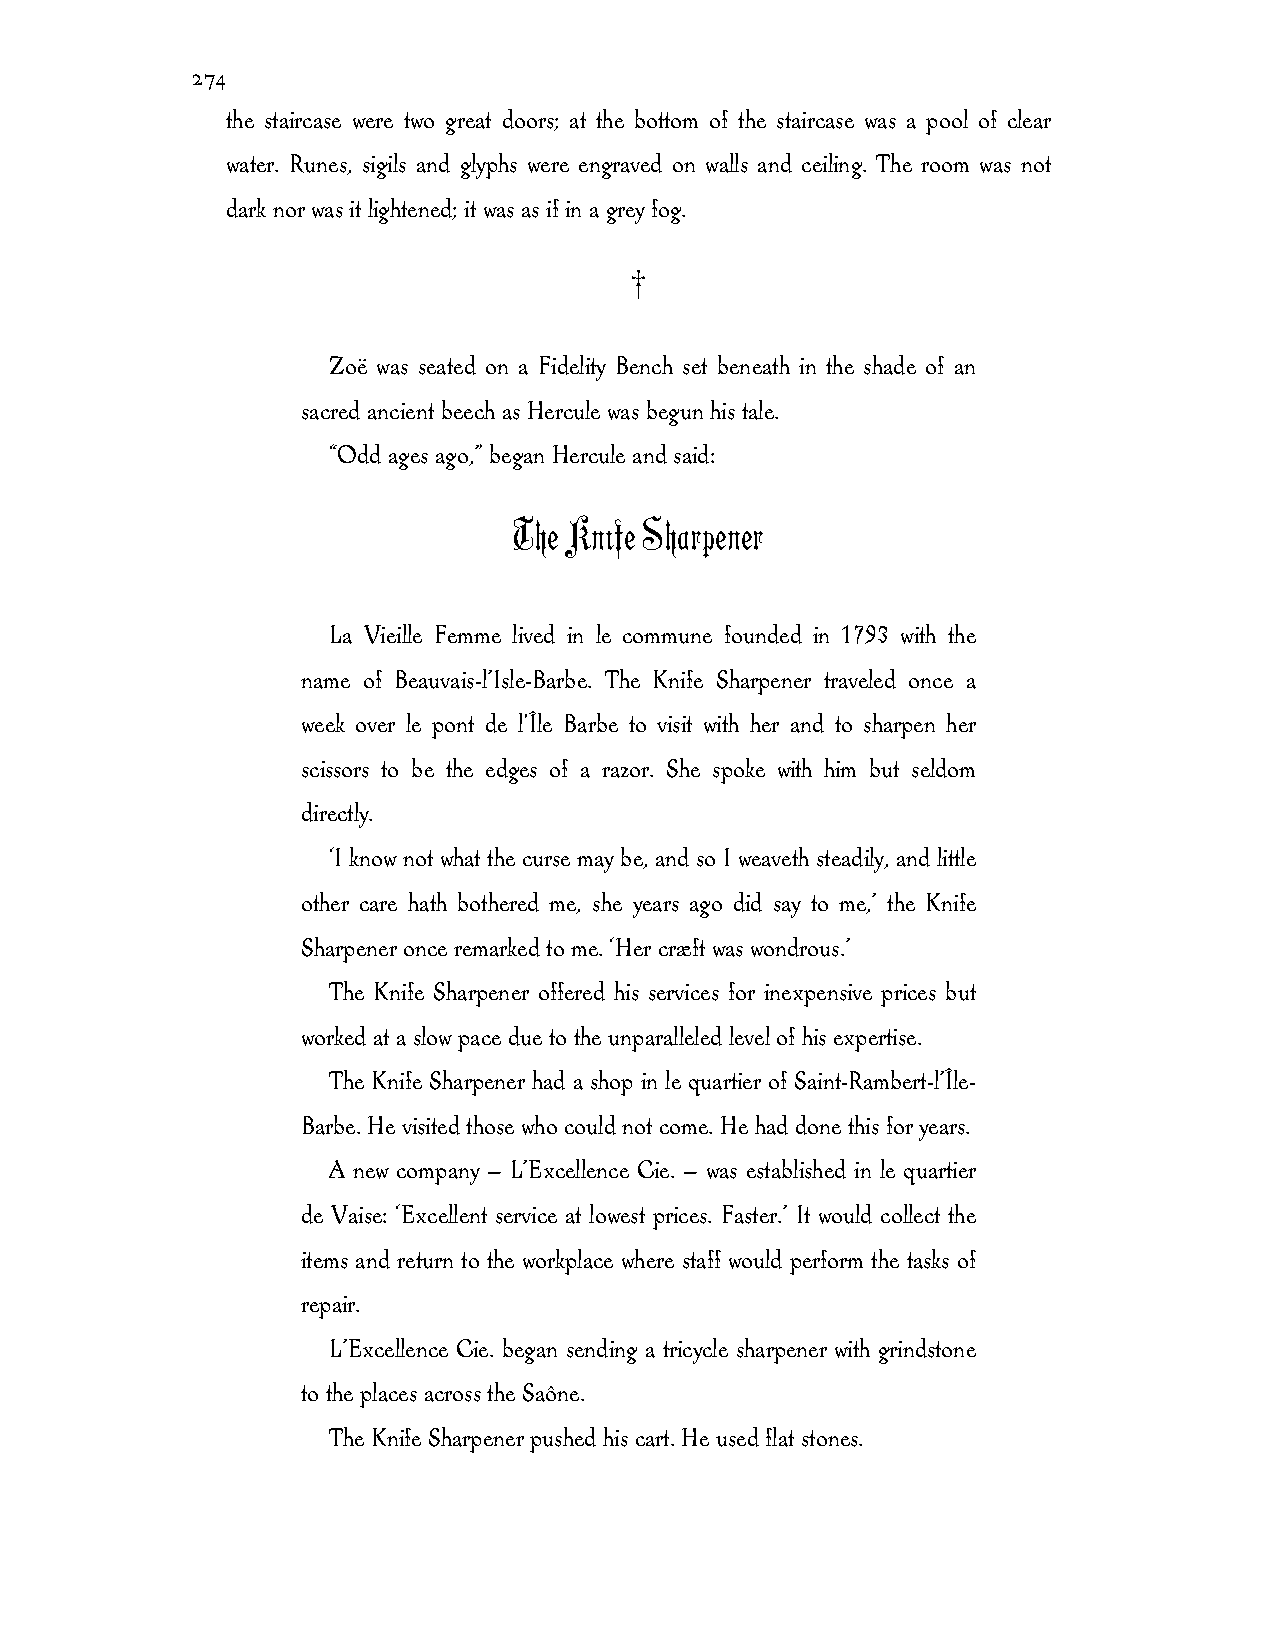
274
 the staircase were two great doors; at the bottom of the staircase was a pool of clear
 water. Runes, sigils and glyphs were engraved on walls and ceiling. The room was not
 dark nor was it lightened; it was as if in a grey fog.
 †
 Zoë was seated on a Fidelity Bench set beneath in the shade of an
 sacred ancient beech as Hercule was begun his tale.
 “Odd ages ago,” began Hercule and said:
 The Knife Sharpener
 La Vieille Femme lived in le commune founded in 1793 with the
 name of Beauvais-l’Isle-Barbe. The Knife Sharpener traveled once a
 week over le pont de l'Île Barbe to visit with her and to sharpen her
 scissors to be the edges of a razor. She spoke with him but seldom
 directly.
 ‘I know not what the curse may be, and so I weaveth steadily, and little
 other care hath bothered me, she years ago did say to me,’ the Knife
 Sharpener once remarked to me. ‘Her cræft was wondrous.’
 The Knife Sharpener offered his services for inexpensive prices but
 worked at a slow pace due to the unparalleled level of his expertise.
 The Knife Sharpener had a shop in le quartier of Saint-Rambert-l’Île-
 Barbe. He visited those who could not come. He had done this for years.
 A new company — L’Excellence Cie. — was established in le quartier
 de Vaise: ‘Excellent service at lowest prices. Faster.’ It would collect the
 items and return to the workplace where staff would perform the tasks of
 repair.
 L’Excellence Cie. began sending a tricycle sharpener with grindstone
 to the places across the Saône.
 The Knife Sharpener pushed his cart. He used flat stones.